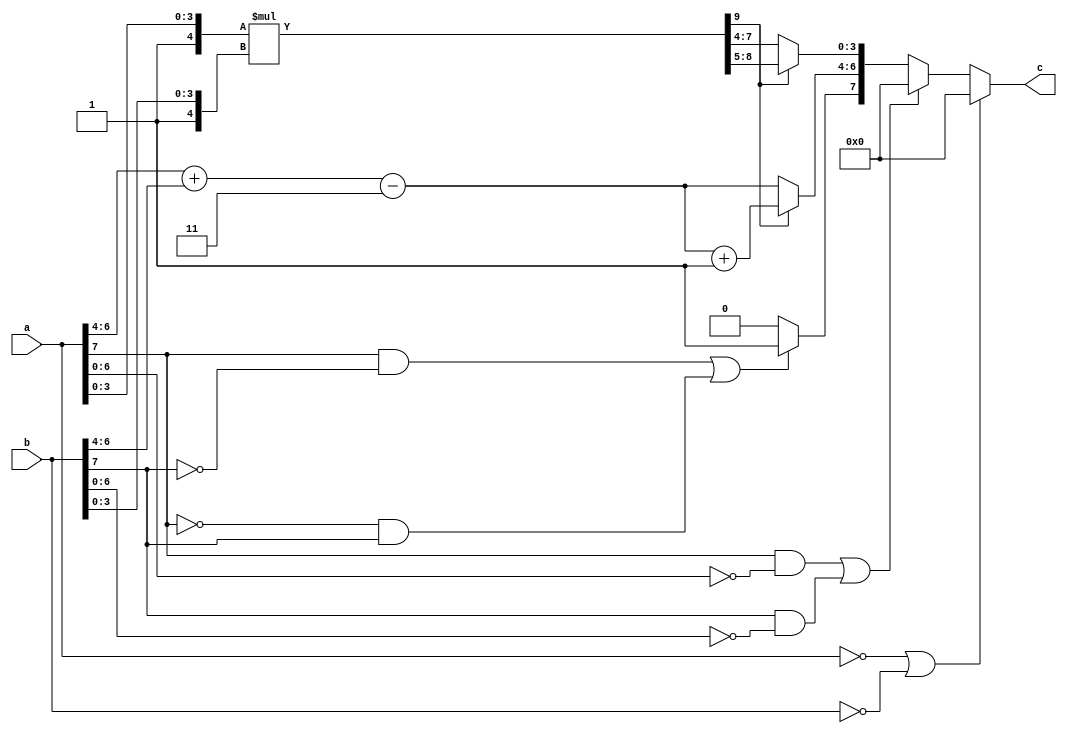
module mult2C (input[7:0] a, input[7:0] b, output reg[7:0] c);

    reg sign;
    reg[2:0] exponent;
    reg[3:0] mantissa;
    reg[9:0] result;
    
    //Initialise to zero, might be unnecessary as FPGA does this
    initial begin
        c = 0;
        sign = 0;
        exponent = 0;
        mantissa = 0;
        result = 0;
    end
    
    always @(*) begin
        //If either a or b is 0
        if(a == 0 || b == 0)
            c = 0;
        else if((a[7] == 1 && a[6:0] == 0) || (b[7] == 1 && b[6:0] == 0)) begin
            c = 0;
        end 
        else begin
            //sign bit, if same give 0 else 1
            sign = ((a[7] & !b[7]) || (!a[7] & b[7]))? 1: 0;
            
            //exponent, -3 as otherwise it will be twice the bias
            exponent = (a[6:4] + b[6:4]) - 3;
            
            //multiplication of 2 5 bit(1 for sign 4 for fraction) values is 10
            result = {1, a[3:0]} * {1, b[3:0]}; //first 1 in both is implied
            
            //mantissa
            //decides based on the top 2 bit values as 1 < 1.frac*1.frac < 4
            if(result[9]) begin
                mantissa = result[8:5];
                exponent = exponent + 1;
            end
            else begin
                mantissa = result[7:4];
            end
            
            c = {sign, exponent, mantissa};
        end
    end
    
endmodule